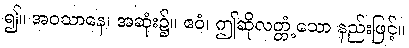
၍။ အဝသာနေ၊ အဆုံး၌။ ဧဝံ၊ ဤဆိုလတ္တံ့သော နည်းဖြင့်။